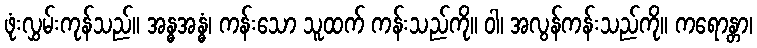
ဖုံးလွှမ်းကုန်သည်။ အန္ဓအန္ဓံ၊ ကန်းသော သူထက် ကန်းသည်ကို။ ဝါ၊ အလွန်ကန်းသည်ကို။ ကရောန္တာ၊